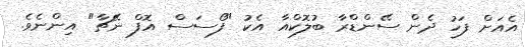
އެއަށް ފަހު ދެން ސޭންޑްރާ ބުލޮކްއާ އެކު "ފޯސަސް އޮފް ނޭޗާ" އިންނެވެ.